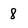
Character: 8